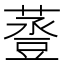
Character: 𧯷